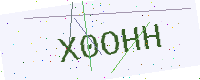
Text: X0OHH